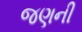
જણની